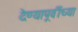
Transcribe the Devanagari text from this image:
देण्यापूर्वीच्या